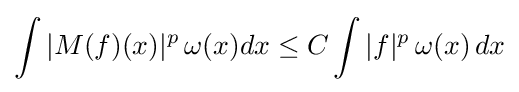
\int |M(f)(x)|^{p}\,\omega (x)dx\leq C\int |f|^{p}\,\omega (x)\,dx